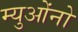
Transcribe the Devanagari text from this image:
म्युओंनो